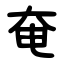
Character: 奄